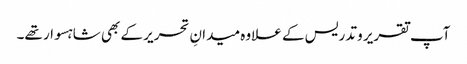
آپ تقریر و تدریس کے علاوہ میدانِ تحریر کے بھی شاہسوار تھے۔